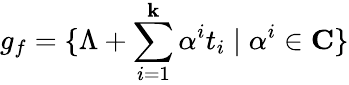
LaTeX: g_{f}=\{ \Lambda+\sum_{i=1}^{\mathbf{k}}\alpha^{i}t_{i}\mid\alpha^{i}\in{\mathbf{C}}\}